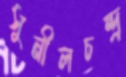
সুনীলচন্দ্র